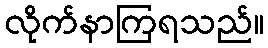
လိုက်နာကြရသည်။